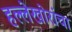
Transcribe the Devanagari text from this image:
हल्लेखोरांचा